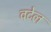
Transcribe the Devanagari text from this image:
वटेल